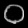
Digit: ၀